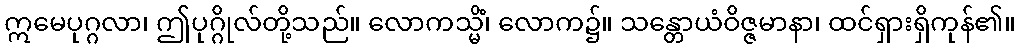
ဣမေပုဂ္ဂလာ၊ ဤပုဂ္ဂိုလ်တို့သည်။ လောကသ္မိံ၊ လောက၌။ သန္တောယံဝိဇ္ဇမာနာ၊ ထင်ရှားရှိကုန်၏။